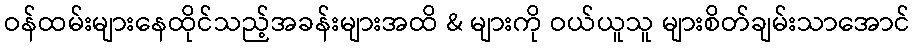
ဝန်ထမ်းများနေထိုင်သည့်အခန်းများအထိ & များကို ဝယ်ယူသူ များစိတ်ချမ်းသာအောင်